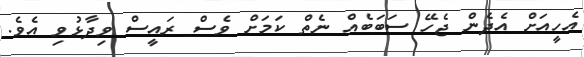
އެހީއަށް އެދެން ޖެހޭ ސަބަބެއް ނެތް ކަމަށް ވެސް ރައީސް ވިދާޅުވި އެވެ.